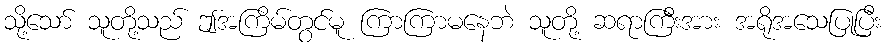
သို့သော် သူတို့သည် ဤအကြိမ်တွင်မူ ကြာကြာမနေဘဲ သူတို့ ဆရာကြီးအား အရိုအသေပြုပြီး